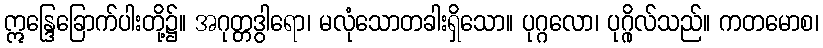
ဣန္ဒြေခြောက်ပါးတို့၌။ အဂုတ္တဒွါရော၊ မလုံသောတခါးရှိသော။ ပုဂ္ဂလော၊ ပုဂ္ဂိုလ်သည်။ ကတမောစ၊